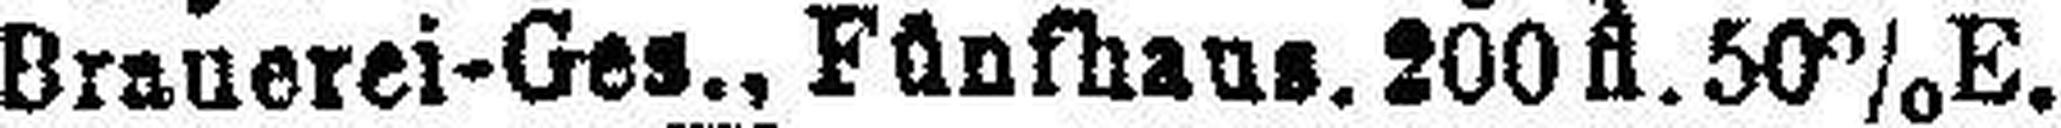
Brauerei-Ges., Fünfhaus. 200 fl. 50% E.